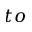
t o